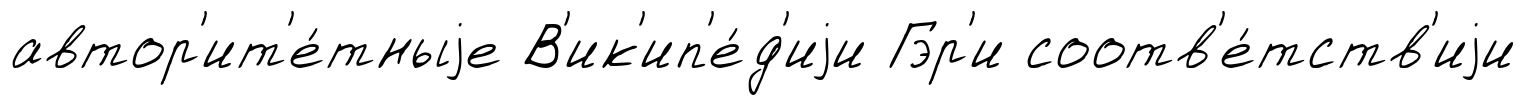
автор'ит'е́тныjе В'ик'ип'е́д'иjи Гэр'и соотв'е́тств'иjи